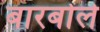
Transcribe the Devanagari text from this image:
बारबोले